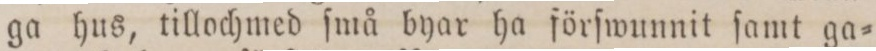
ga hus, tillochmed ſmå byar ha förſwunnit ſamt ga=